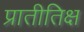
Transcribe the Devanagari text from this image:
प्रातीतिक्ष